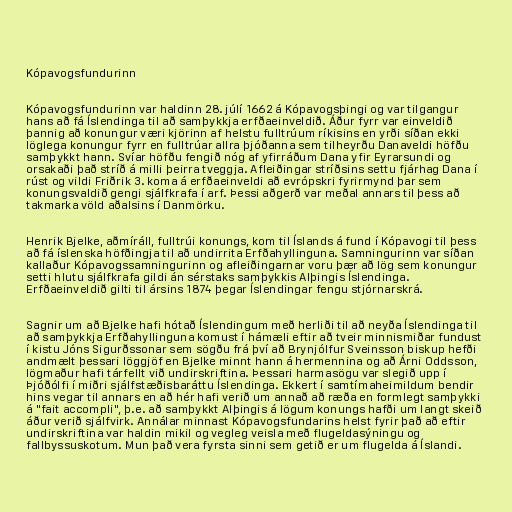
Kópavogsfundurinn

Kópavogsfundurinn var haldinn 28. júlí 1662 á Kópavogsþingi og var tilgangur
hans að fá Íslendinga til að samþykkja erfðaeinveldið. Áður fyrr var einveldið
þannig að konungur væri kjörinn af helstu fulltrúum ríkisins en yrði síðan ekki
löglega konungur fyrr en fulltrúar allra þjóðanna sem tilheyrðu Danaveldi höfðu
samþykkt hann. Svíar höfðu fengið nóg af yfirráðum Dana yfir Eyrarsundi og
orsakaði það stríð á milli þeirra tveggja. Afleiðingar stríðsins settu fjárhag Dana í
rúst og vildi Friðrik 3. koma á erfðaeinveldi að evrópskri fyrirmynd þar sem
konungsvaldið gengi sjálfkrafa í arf. Þessi aðgerð var meðal annars til þess að
takmarka völd aðalsins í Danmörku.

Henrik Bjelke, aðmíráll, fulltrúi konungs, kom til Íslands á fund í Kópavogi til þess
að fá íslenska höfðingja til að undirrita Erfðahyllinguna. Samningurinn var síðan
kallaður Kópavogssamningurinn og afleiðingarnar voru þær að lög sem konungur
setti hlutu sjálfkrafa gildi án sérstaks samþykkis Alþingis Íslendinga.
Erfðaeinveldið gilti til ársins 1874 þegar Íslendingar fengu stjórnarskrá.

Sagnir um að Bjelke hafi hótað Íslendingum með herliði til að neyða Íslendinga til
að samþykkja Erfðahyllinguna komust í hámæli eftir að tveir minnismiðar fundust
í kistu Jóns Sigurðssonar sem sögðu frá því að Brynjólfur Sveinsson biskup hefði
andmælt þessari löggjöf en Bjelke minnt hann á hermennina og að Árni Oddsson,
lögmaður hafi tárfellt við undirskriftina. Þessari harmasögu var slegið upp í
Þjóðólfi í miðri sjálfstæðisbaráttu Íslendinga. Ekkert í samtímaheimildum bendir
hins vegar til annars en að hér hafi verið um annað að ræða en formlegt samþykki
á "fait accompli", þ.e. að samþykkt Alþingis á lögum konungs hafði um langt skeið
áður verið sjálfvirk. Annálar minnast Kópavogsfundarins helst fyrir það að eftir
undirskriftina var haldin mikil og vegleg veisla með flugeldasýningu og
fallbyssuskotum. Mun það vera fyrsta sinni sem getið er um flugelda á Íslandi.